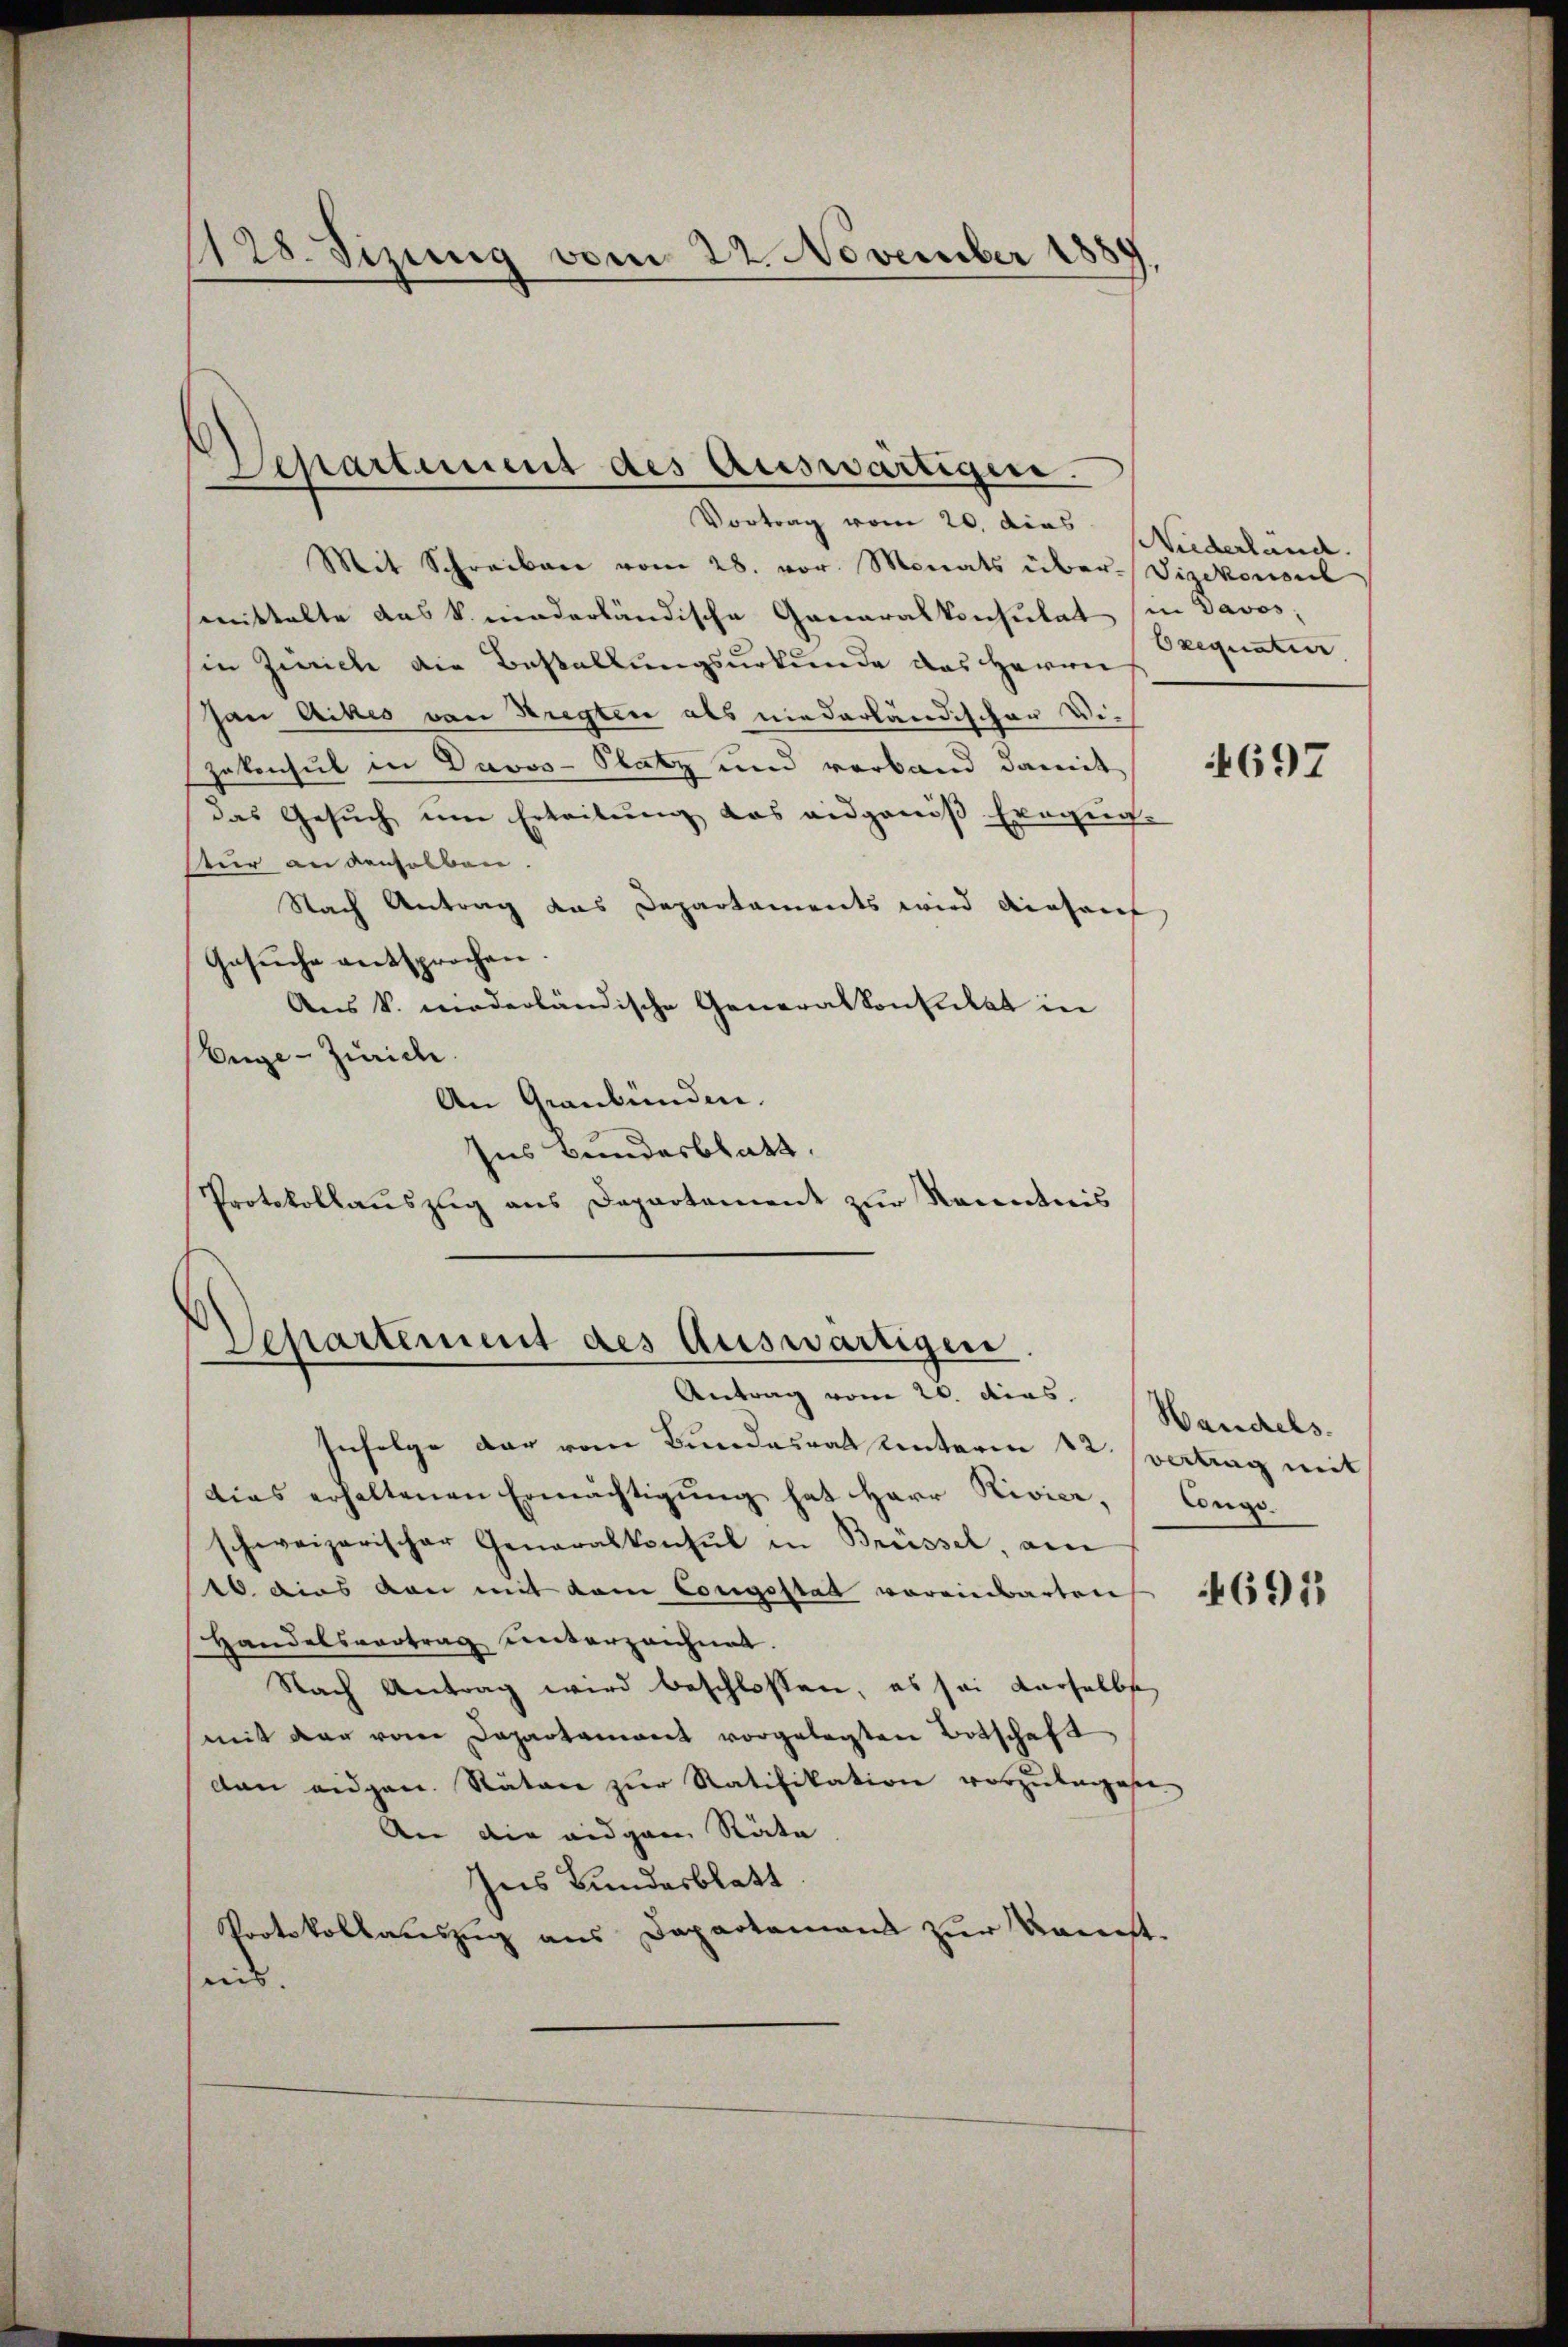
1128. Sizung vom 22. November 1889

Departement des Auswärtigen.
Vortrag vom 20. dies Niederländ.

Mit Schreiben vom 28. vor. Monats über- Vizekonsul
mittelte das k. niederländische Generalkonsulat in Davos,
in Zürich die Bestallungsurkunde das Herrn
han Aktes von Bregten als niederländischen Wie
Zekonsul in Davos- Platz und verband damit
das Gesŭch ŭm Erteilŭng das eidgenöβ Exegŭg-
stur an denselben.
Nach Antrag das Departaments wird dieseres
Gesŭche entsprochen
Aus k. niederländische Generalkonsulat in
Enge-Zürich.
An Graubünden.
Ins Bundesblatt.
Protokollauszug aus Departement zur Kenntnis

Infolge der vom Bundesrat unterm 12. Vertrag mit
dias erhaltenen Ermächtigung hat Herr Rivier,
schweizerischer Generalkonsul in Brüssel, am
10. dies von mit dem Congsstat voreinbarten
Handelsvertrag unterzeichnet.
Nach Antrag wird beschlossen, es sei derselbs
mit der vom Departament vorgelegten Botschaft
dan eidgen. Räten zŭr Ratifikation vorzŭlegese
An die eidgarn Räte
Ins Bundesblatt
Protokollauszug aus Departement zur Konst.
nis.

Separtement des Auswärtigen
Antrag vom 20. dies

Orequatier

697

Wandels.
Engs

691